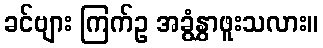
ခင်ဗျား ကြက်ဥ အခွံနွှာဖူးသလား။